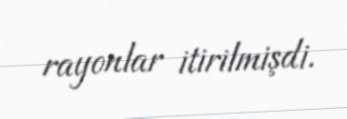
rayonlar itirilmişdi.